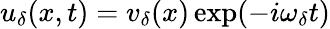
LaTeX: u_{\delta}(x,t)=v_{\delta}(x)\exp(-i\omega_{\delta}t)